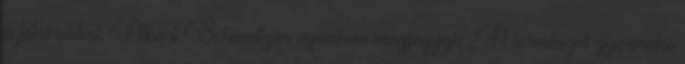
a fehérekkel. Albert Schweitzer azonban megjegyzi: „A természet gyermeke